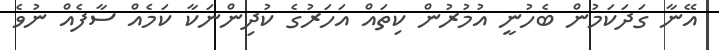
އޭނާ ގަދަކަމުން ބެހުނީ އުމުރުން ކިތައް އަހަރުގެ ކުދިންނަކާ ކަމެއް ސާފެއް ނުވެ